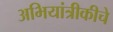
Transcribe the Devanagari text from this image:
अभियांत्रीकीचे